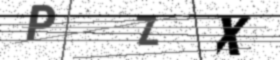
Text: PZX